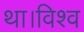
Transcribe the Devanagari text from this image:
था।विश्व